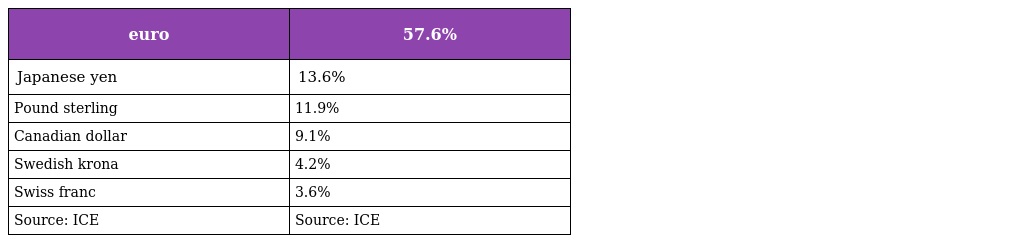
| euro | 57.6% |
 | --- | --- |
 | Japanese yen | 13.6% |
 | Pound sterling | 11.9% |
 | Canadian dollar | 9.1% |
 | Swedish krona | 4.2% |
 | Swiss franc | 3.6% |
 | Source: ICE | Source: ICE |